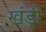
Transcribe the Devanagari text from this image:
खंड़ी